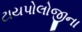
ટાયપોલોજીના